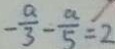
- \frac { a } { 3 } - \frac { a } { 5 } = 2